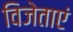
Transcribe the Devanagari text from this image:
विजेताएं